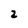
Character: 2